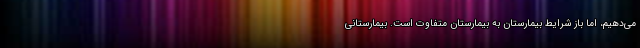
می‌دهیم، اما باز شرایط بیمارستان به بیمارستان متفاوت است. بیمارستانی